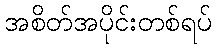
အစိတ်အပိုင်းတစ်ရပ်